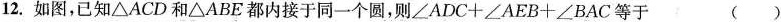
12.如图，已知\triangle ACD和\triangle ABE都内接于同一个圆，则\angle ADC+\angle AEB+\angle BAC等于 ()